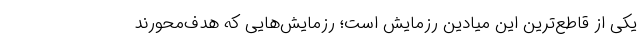
یکی از قاطع‌ترین این میادین رزمایش است؛ رزمایش‌هایی که هدف‌محورند